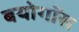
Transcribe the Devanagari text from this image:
बयोगॉस